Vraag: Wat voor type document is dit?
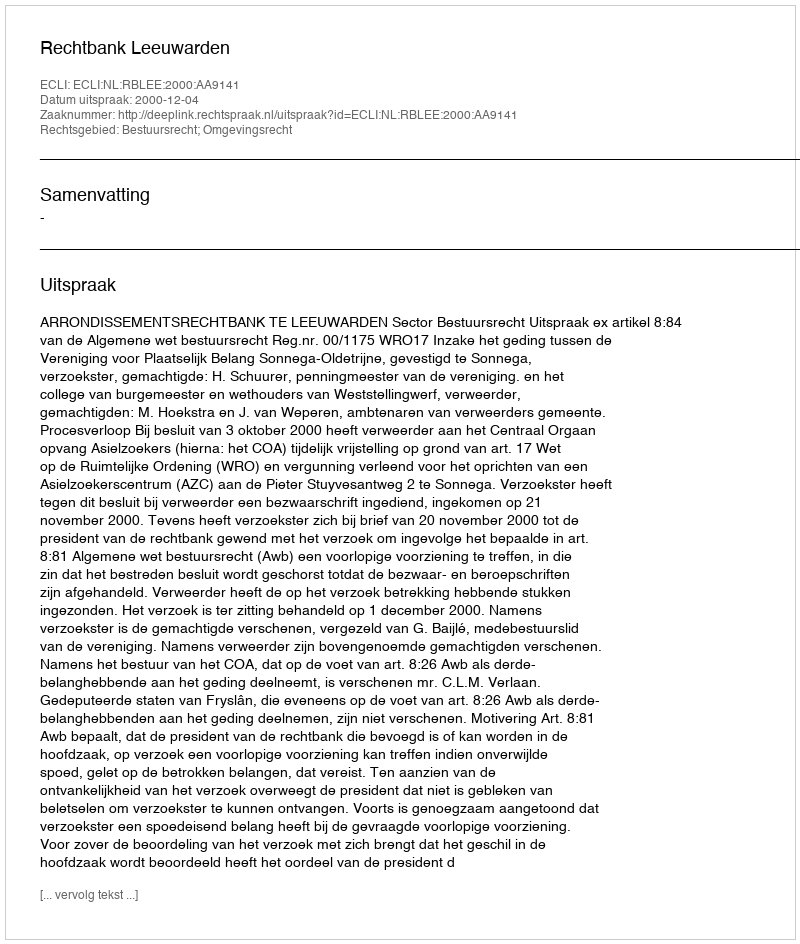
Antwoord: Uitspraak